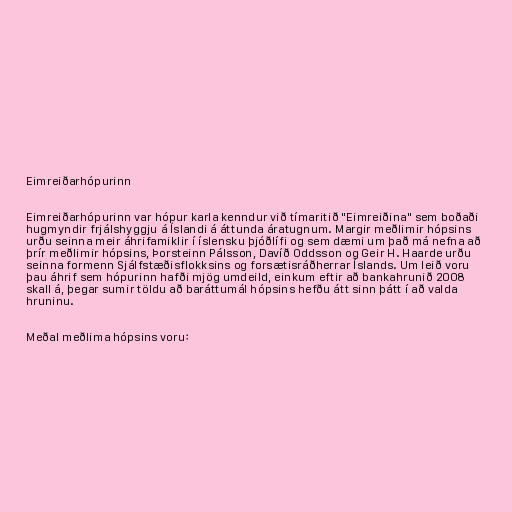
Eimreiðarhópurinn

Eimreiðarhópurinn var hópur karla kenndur við tímaritið "Eimreiðina" sem boðaði
hugmyndir frjálshyggju á Íslandi á áttunda áratugnum. Margir meðlimir hópsins
urðu seinna meir áhrifamiklir í íslensku þjóðlífi og sem dæmi um það má nefna að
þrír meðlimir hópsins, Þorsteinn Pálsson, Davíð Oddsson og Geir H. Haarde urðu
seinna formenn Sjálfstæðisflokksins og forsætisráðherrar Íslands. Um leið voru
þau áhrif sem hópurinn hafði mjög umdeild, einkum eftir að bankahrunið 2008
skall á, þegar sumir töldu að baráttumál hópsins hefðu átt sinn þátt í að valda
hruninu.

Meðal meðlima hópsins voru: